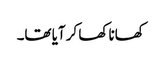
کھانا کھا کر آیا تھا۔